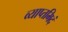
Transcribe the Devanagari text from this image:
व्याप्तमिदं